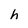
Character: h